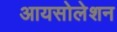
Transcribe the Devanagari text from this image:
आयसोलेशन